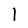
Character: l